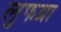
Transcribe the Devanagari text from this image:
लुफग्रा